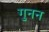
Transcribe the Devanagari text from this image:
गुनन